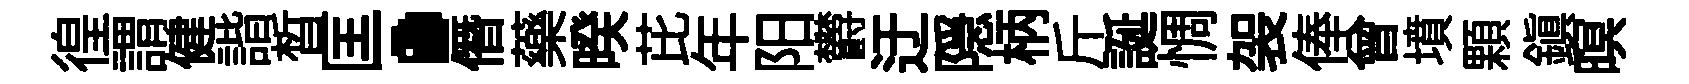
徨謂健諧晳匡·僭藥暌芘年阳欝迂隠柄斤誕惆袈俸曾墳顆鎭暝